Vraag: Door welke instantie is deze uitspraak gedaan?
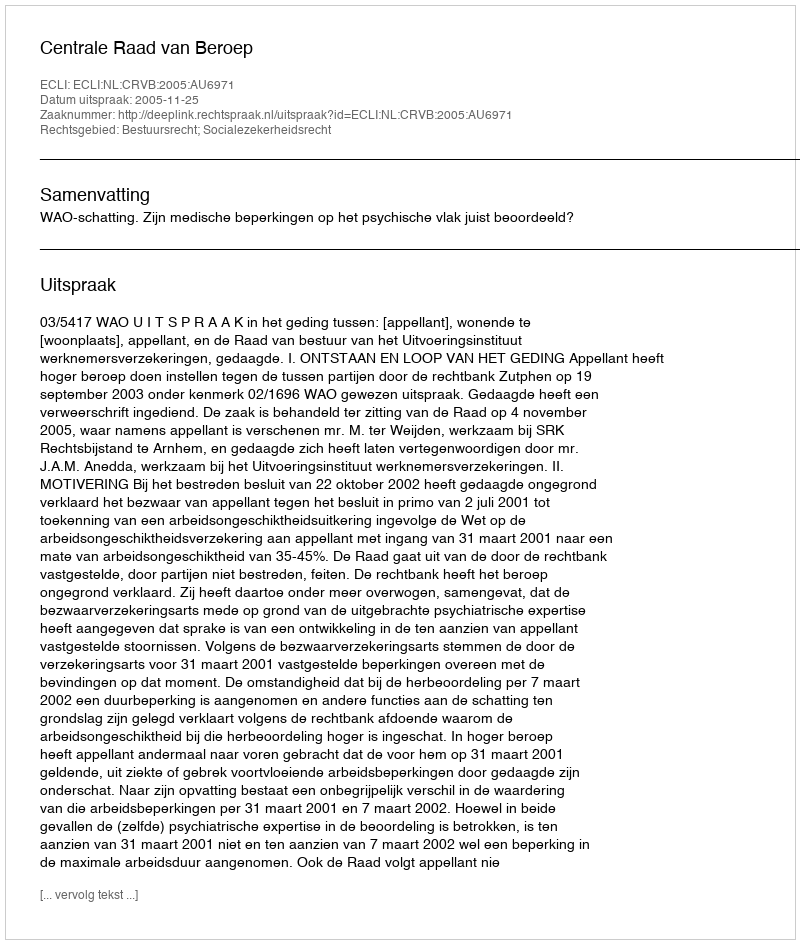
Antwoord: Centrale Raad van Beroep